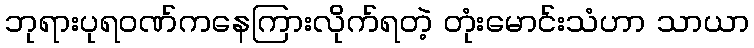
ဘုရားပုရဝဏ်ကနေကြားလိုက်ရတဲ့ တုံးမောင်းသံဟာ သာယာ